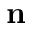
\mathbf { n }